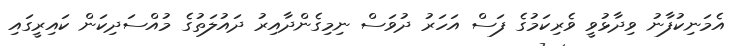
އެމަނިކުފާނު ވިދާޅުވީ ވެރިކަމުގެ ފަސް އަހަރު ދުވަސް ނިމިގެންދާއިރު ދައުލަތުގެ މުއްސަދިކަން ކައިރީގައި